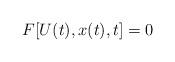
LaTeX: \begin{align*} F[U(t),x(t),t]=0\end{align*}